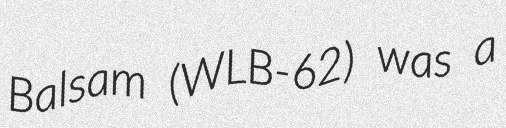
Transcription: Balsam (WLB-62) was a